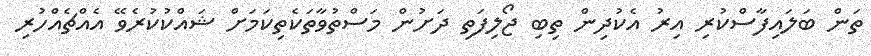
ތަން ބަލައިފާސްކުރި އިރު އެކުދިން ތިބި ޖޯލިފަތި ދަށުން މަސްތުވާތަކެތިކަމަށް ޝައްކުކުރެވޭ އެއްޗެއްހުރި